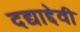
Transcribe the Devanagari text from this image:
दद्याद्देवी